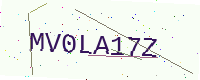
Text: MV0LA17Z